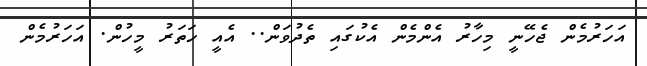
އަހަރުމެން ޖެހޭނީ މިހާރު އެންމެން އެކުގައި ތެދުވަން.. އެއީ ހަތަރު މީހުން. އަހަރުމެން